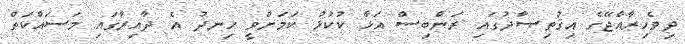
ދިވެހިރާއްޖޭގެ އިޤުތިޞާދުގައި ރަންބިސް އަޅާ ކުކުޅު ކަމަށްވީ ހިނދު އެ ދާއިރާގައި މަސައްކަތް